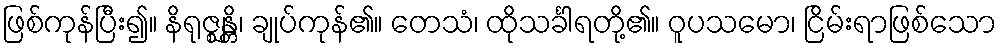
ဖြစ်ကုန်ပြီး၍။ နိရုဇ္ဈန္တိ၊ ချုပ်ကုန်၏။ တေသံ၊ ထိုသင်္ခါရတို့၏။ ဝူပသမော၊ ငြိမ်းရာဖြစ်သော